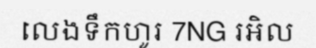
លេងទឹកហូរ 7NG រអិល